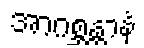
အာဂစ္ဆန္တာနံ